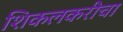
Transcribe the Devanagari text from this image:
शिकलकरीचा